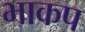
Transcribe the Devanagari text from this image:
भाकप